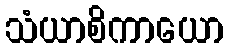
သံယာစိကာယော